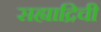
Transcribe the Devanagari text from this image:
सह्याद्रिची